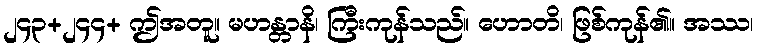
၂၄၃+၂၄၄+ ဤအတူ။ မဟန္တာနိ၊ ကြီးကုန်သည်။ ဟောတိ၊ ဖြစ်ကုန်၏။ အဿ၊